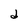
Character: d